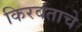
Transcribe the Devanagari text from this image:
किरवंताचे